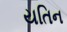
યતિન